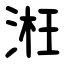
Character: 㳹